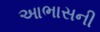
આભાસની